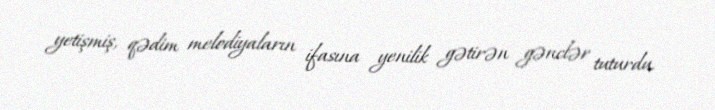
yetişmiş, qədim melodiyaların ifasına yenilik gətirən gənclər tuturdu.